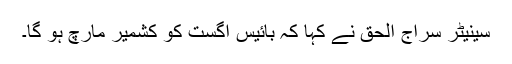
سینیٹر سراج الحق نے کہا کہ بائیس اگست کو کشمیر مارچ ہو گا۔